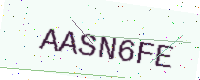
Text: AASN6FE